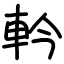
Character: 軡